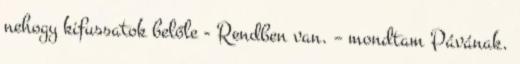
nehogy kifussatok belőle - Rendben van. – mondtam Pávának.